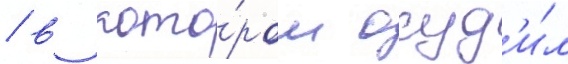
/ в кото́ром осуд'и́л